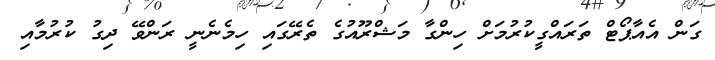
ގަން އެއާޕޯޓް ތަރައްގީކުރުމަށް ހިންގާ މަޝްރޫއުގެ ތެރޭގައި ހިމެނެނީ ރަންވޭ ދިގު ކުރުމާއި